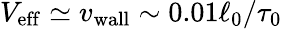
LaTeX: V_{\mathrm{eff}}\simeq{v_{\mathrm{wall}}}\sim 0.01\ell_{0}/\tau_{0}